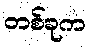
တစ်ခုက